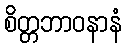
စိတ္တဘာဝနာနံ